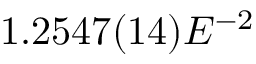
1 . 2 5 4 7 ( 1 4 ) E ^ { - 2 }